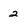
Character: 2